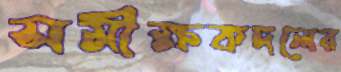
সমীক্ষকদলের